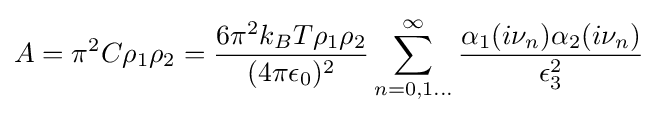
A=\pi ^{2}C\rho _{1}\rho _{2}={\frac {6\pi ^{2}k_{B}T\rho _{1}\rho _{2}}{(4\pi \epsilon _{0})^{2}}}\sum _{n=0,1...}^{\infty }{\frac {\alpha _{1}(i\nu _{n})\alpha _{2}(i\nu _{n})}{\epsilon _{3}^{2}}}